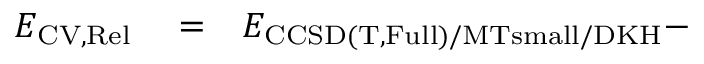
\begin{array} { r l r } { E _ { \mathrm { C V , R e l } } } & { { } = } & { E _ { \mathrm { C C S D ( T , F u l l ) / M T s m a l l / D K H } } - } \end{array}